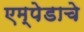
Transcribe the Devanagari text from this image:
एम्पेडाचे